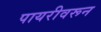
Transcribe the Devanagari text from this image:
पायरीवरून